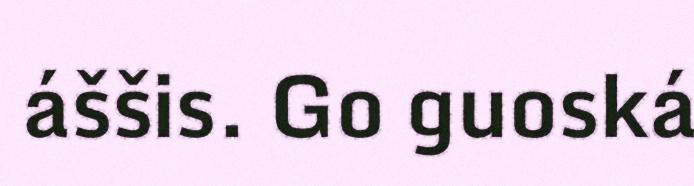
áššis. Go guoská